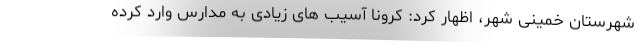
شهرستان خمینی شهر، اظهار کرد: کرونا آسیب های زیادی به مدارس وارد کرده